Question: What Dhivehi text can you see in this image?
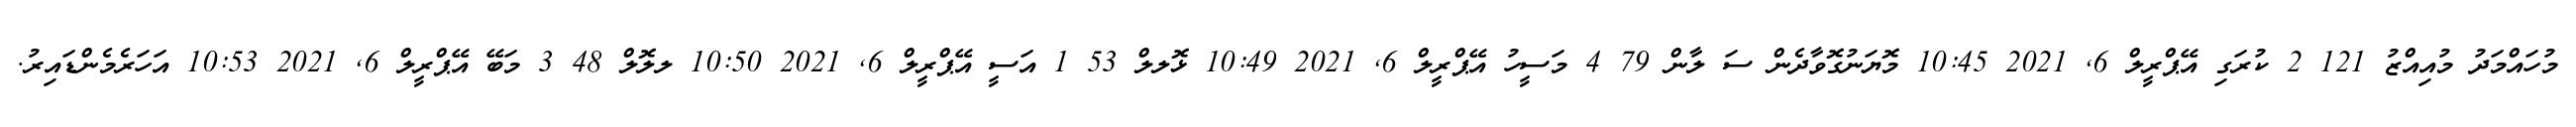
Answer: މުހައްމަދު މުއިއްޒު 121 2 ކުރަގި އޭޕްރީލް 6, 2021 10:45 މޮޔަނުގޮވާދެން ސަ ލާން 79 4 މަސީހު އޭޕްރީލް 6, 2021 10:49 ޅޮލލް 53 1 އަސީ އޭޕްރީލް 6, 2021 10:50 ލލޮލް 48 3 މަބޭ އޭޕްރީލް 6, 2021 10:53 އަހަރެމެންޑައިރު.